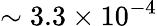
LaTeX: \sim 3.3\times 10^{-4}